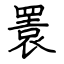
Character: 瞏